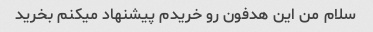
سلام من این هدفون رو خریدم پیشنهاد میکنم بخرید